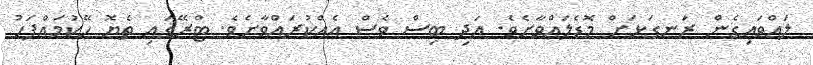
ލައްވައިގެން ރަނގަޅަށް މޮޑެލައްވާށެވެ. އަދި ބިސް ވެސް އެއްކުރައްވާށެވެ. ޓްރޭގައި ތެޔޮ ހޭކުމައްފަހު